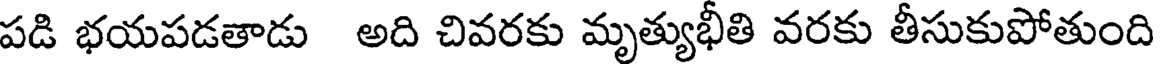
పడి భయపడతాడు అది చివరకు మృత్యుభీతి వరకు తీసుకుపోతుంది